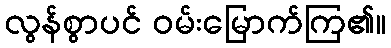
လွန်စွာပင် ဝမ်းမြောက်ကြ၏။